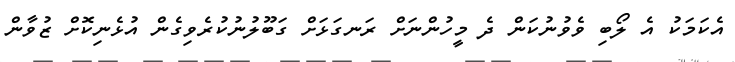
އެކަމަކު އެ ލޯބި ވެވުނުކަން ދެ މީހުންނަށް ރަނގަޅަށް ގަބޫލުނުކުރެވިގެން އުޅެނިކޮށް ޒުވާން